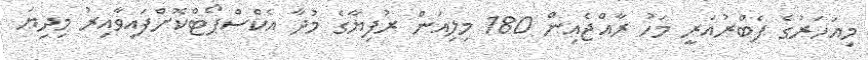
މިއަހަރުގެ ފެބްރުއަރީ މަހު ރާއްޖެއިން 180 މިލިއަން ރުފިޔާގެ މުދާ އެކްސްޕޯޓްކޮށްފައިވާއިރު މިދިޔަ